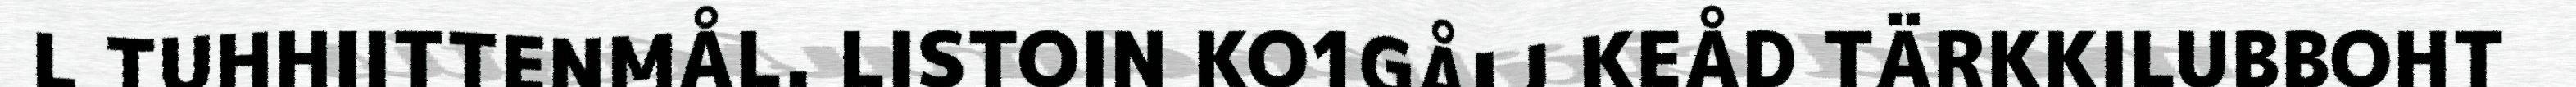
L TUHHIITTENMÅL. LISTOIN KO1GÅIJ KEÅD TÄRKKILUBBOHT